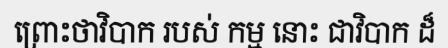
ព្រោះថាវិបាក របស់ កម្ម នោះ ជាវិបាក ដ៏